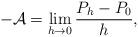
LaTeX: \begin{align*}-{\cal A}=\lim_{h\to 0} {P_h-P_0\over h} , \end{align*}